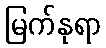
မြက်နုရာ